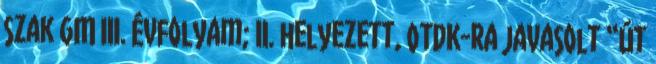
szak GM III. évfolyam; II. helyezett, OTDK-ra javasolt “Út